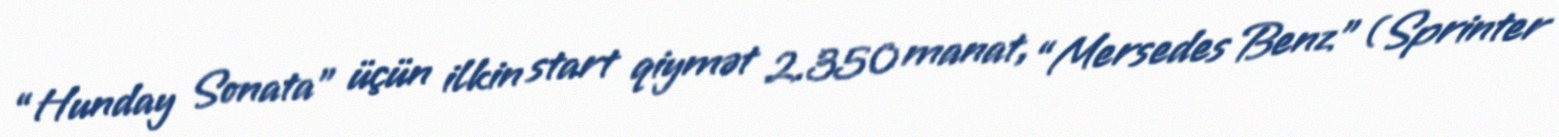
“Hunday Sonata” üçün ilkin start qiymət 2.350 manat, “Mersedes Benz” (Sprinter